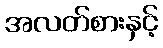
အလတ်စားနှင့်